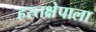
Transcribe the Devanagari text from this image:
हस्तक्षेपाला